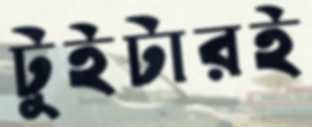
টুইটারই